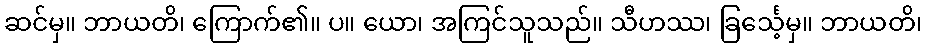
ဆင်မှ။ ဘာယတိ၊ ကြောက်၏။ ပ။ ယော၊ အကြင်သူသည်။ သီဟဿ၊ ခြင်္သေ့မှ။ ဘာယတိ၊